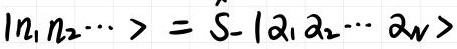
$|n_1 n_2 \cdots\rangle = \hat{S}_- |\alpha_1 \alpha_2 \cdots \alpha_N\rangle$